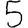
Digit: 5